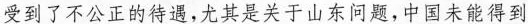
受到了不公正的待遇，尤其是关于山东问题，中国未能得到